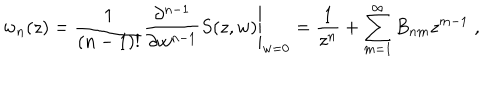
w _ { n } ( z ) = \left. \frac { 1 } { ( n - 1 ) ! } \frac { \partial ^ { n - 1 } } { \partial w ^ { n - 1 } } S ( z , w ) \right| _ { w = 0 } = \frac { 1 } { z ^ { n } } + \sum _ { m = 1 } ^ { \infty } B _ { n m } z ^ { m - 1 } \; ,